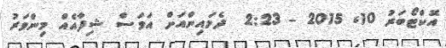
އޮކްޓޯބަރު 10